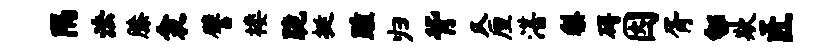
隔法膝衾譬楼跪挺踵归背仄厘湛梨碍因胥郇欺匠